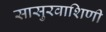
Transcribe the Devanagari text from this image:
सासुरवाशिणी